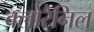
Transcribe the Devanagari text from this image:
क्लोरैनिल